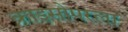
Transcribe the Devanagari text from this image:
क्राइसोपरला